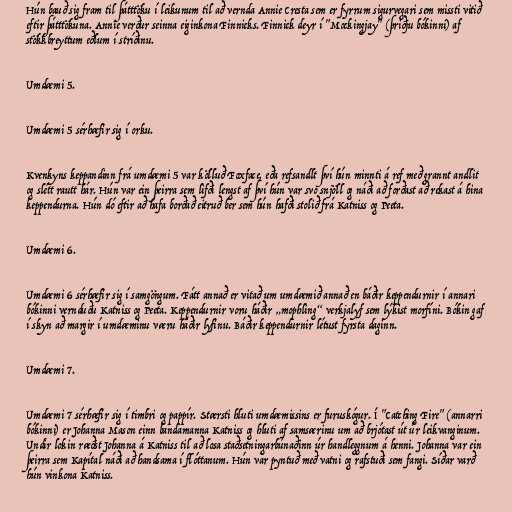
Hún bauð sig fram til þátttöku í leikunum til að vernda Annie Cresta sem er fyrrum sigurvegari sem missti vitið
eftir þátttökuna. Annie verður seinna eiginkona Finnicks. Finnick deyr í "Mockingjay" (þriðju bókinni) af
stökkbreyttum eðlum í stríðinu.

Umdæmi 5.

Umdæmi 5 sérhæfir sig í orku.

Kvenkyns keppandinn frá umdæmi 5 var kölluð Foxface, eða refsandlt því hún minnti á ref með grannt andlit
og slétt rautt hár. Hún var ein þeirra sem lifði lengst af því hún var svo snjöll og náði að forðast að rekast á hina
keppendurna. Hún dó eftir að hafa borðað eitruð ber sem hún hafði stolið frá Katniss og Peeta.

Umdæmi 6.

Umdæmi 6 sérhæfir sig í samgöngum. Fátt annað er vitað um umdæmið annað en báðir keppendurnir í annari
bókinni vernduðu Katniss og Peeta. Keppendurnir voru háðir „mophling“ verkjalyf sem lýkist morfíni. Bókin gaf
í skyn að margir í umdæminu væru háðir lyfinu. Báðir keppendurnir létust fyrsta daginn.

Umdæmi 7.

Umdæmi 7 sérhæfir sig í timbri og pappír. Stærsti hluti umdæmissins er furuskógur. Í "Catching Fire" (annarri
bókinni) er Johanna Mason einn bandamanna Katniss og hluti af samsærinu um að brjótast út úr leikvanginum.
Undir lokin ræðst Johanna á Katniss til að losa staðsetningarbúnaðinn úr handleggnum á henni. Johanna var ein
þeirra sem Kapítal náði að handsama í flóttanum. Hún var pyntuð með vatni og rafstuði sem fangi. Síðar varð
hún vinkona Katniss.